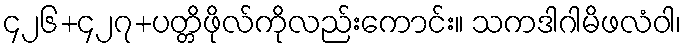
၄၂၆+၄၂၇+ပတ္တိဖိုလ်ကိုလည်းကောင်း။ သကဒါဂါမိဖလံဝါ၊